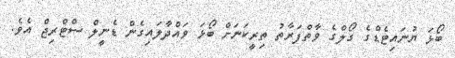
ބޯޅަ ޔުނައިޓެޑްގެ ގޯލްގެ ވާތްފަރާތު ތިރީކަނަށް ބޯޅަ ވައްދާލައިގެން ޑެނީލް ސްޓްރިޖް އެވެ.